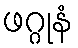
ဖဂ္ဂုနံ